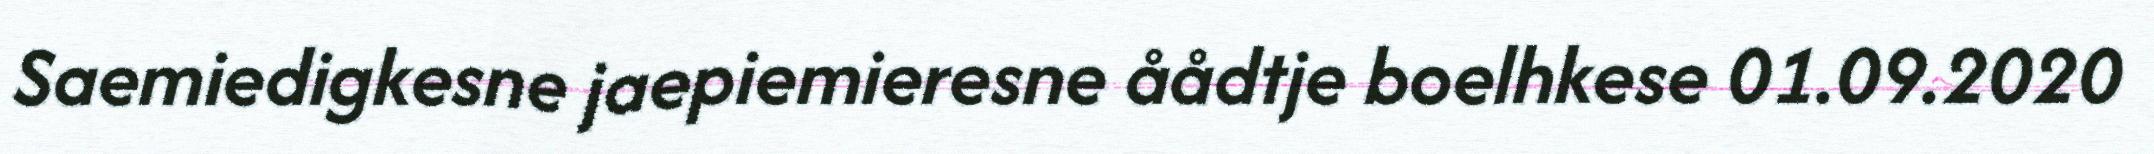
Saemiedigkesne jaepiemieresne åådtje boelhkese 01.09.2020